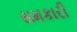
સમકારી